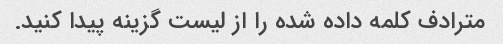
مترادف کلمه داده شده را از لیست گزینه پیدا کنید.